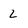
Character: 2